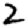
Digit: 2